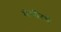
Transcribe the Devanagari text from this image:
गंभीरचे